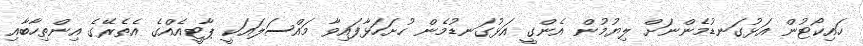
ހައިކޯޓުން އަޅުގަނޑުމެންނަށް ލިޔުމުން އެންގީ އަޅުގަނޑުމެން ހުށަހަޅާފައިވާ މައްސަލައަކީ ޕާޓީއެއްގެ އެތެރޭގެ އިންތިހާބާއި